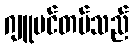
ဂျူဗင်တပ်သည်